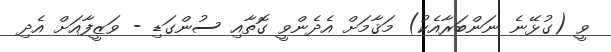
ވީ (ގުޅޭނެ ނަންބަރާއެކު) މަޤާމަށް އެދެންވީ ގޮތާއި ސުންގަޑި - ވަޒީފާއަށް އެދި